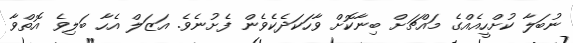
ނުބަލާ ކުށްހީއެއްގެ މައްޗަށް ބިނާކޮށް ވާހަކަދެކެވެން ފެށުނެވެ. އަޒަލް އެހާ ބަލިވެ އޮތްވާ